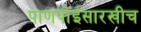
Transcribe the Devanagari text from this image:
पाणपोईसारखीच